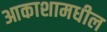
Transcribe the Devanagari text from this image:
आकाशामधील